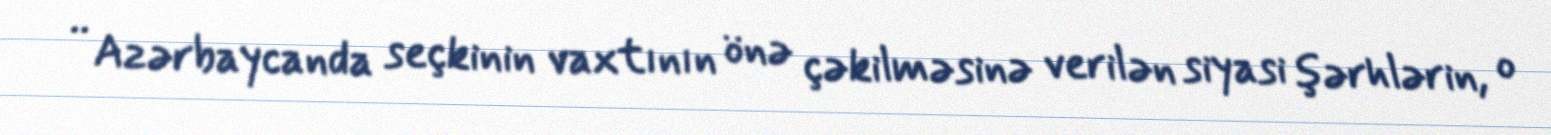
.. Azərbaycanda seçkinin vaxtının önə çəkilməsinə verilən siyasi şərhlərin, o